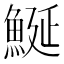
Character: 鯅